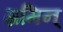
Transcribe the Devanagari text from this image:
ग्रमिन्